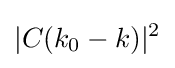
|C(k_{0}-k)|^{2}